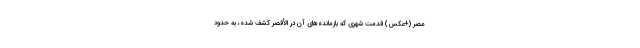
مصر (+عکس) قدمت شهری که بازمانده‌های آن در الأقصر کشف شده، به حدود